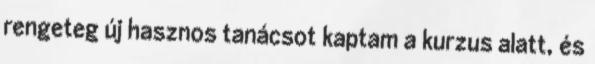
rengeteg új hasznos tanácsot kaptam a kurzus alatt, és